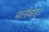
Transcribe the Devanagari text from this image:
मालीवाङा